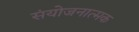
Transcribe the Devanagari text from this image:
संयोजनात्मक